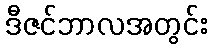
ဒီဇင်ဘာလအတွင်း